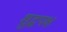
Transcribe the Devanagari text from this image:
शुद्धपक्ष